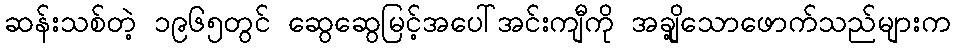
ဆန်းသစ်တဲ့ ၁၉၆၅တွင် ဆွေဆွေမြင့်အပေါ်အင်းကျီကို အချို့သောဖောက်သည်များက